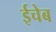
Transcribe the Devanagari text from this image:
ईचेब